Annual returns of the Patna Lunatic Asylum at Bankipore in Bihar and Orissa - 1912-1924
Year: 1912
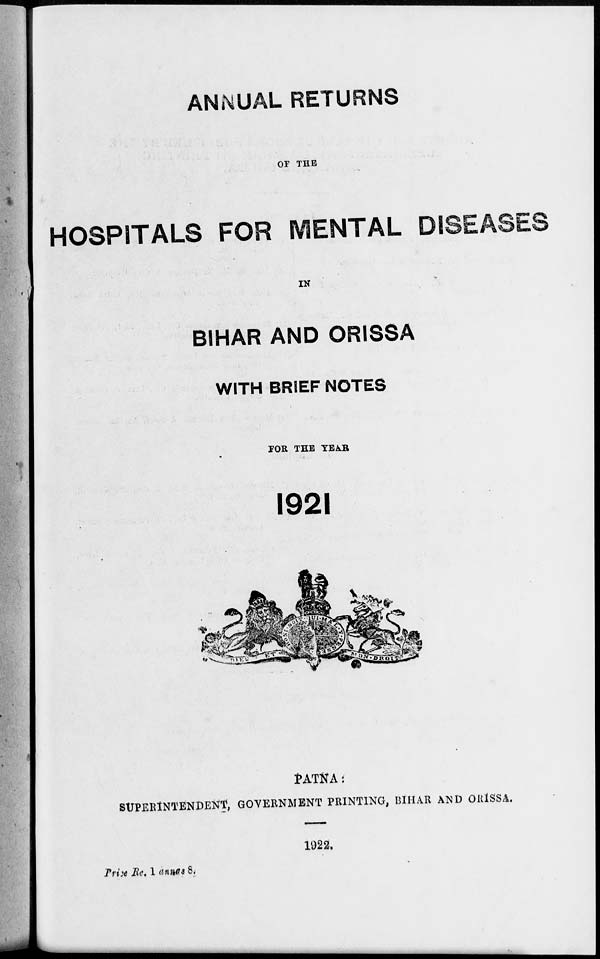
ANNUAL RETURNS
OF THE
HOSPITALS FOR MENTAL DISEASES
IN
BIHAR AND ORISSA
WITH BRIEF NOTES
FOR THE YEAR
1921
PATNA:
SUPERINTENDENT, GOVERNMENT PRINTING, BIHAR AND ORISSA.
1922.
Price Re. 1 annas 8.